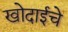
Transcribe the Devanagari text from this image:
खोदाईचे